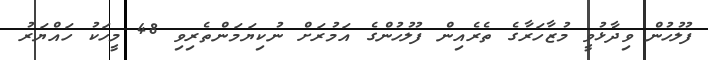
ފުލުހުން ވިދާޅުވީ މުޒާހަރާގެ ތެރެއިން ފުލުހުންގެ އަމުރަށް ނުކިޔަމަންތެރިވި 48 މީހަކު ހައްޔަރު